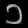
Digit: ၁